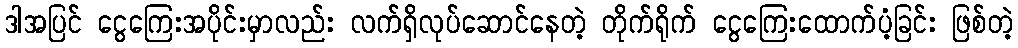
ဒါအပြင် ငွေကြေးအပိုင်းမှာလည်း လက်ရှိလုပ်ဆောင်နေတဲ့ တိုက်ရိုက် ငွေကြေးထောက်ပံ့ခြင်း ဖြစ်တဲ့